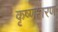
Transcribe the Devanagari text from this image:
कृष्णशरण